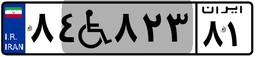
۸۴W۸۲۳۸۱